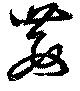
藪